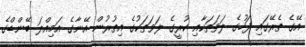
އޭގެ ތެރޭގައި ފަހުގެ ލަވަތަކާއި ކުރީގެ ލަވަތަކުގެ އިތުރުން އޭނާގެ އަމިއްލަ ބޭންޑްގެ